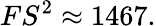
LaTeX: FS^{2}\approx 1467.